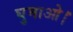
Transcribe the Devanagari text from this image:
घुमाओ।